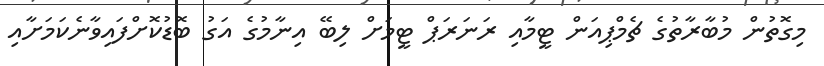
މިގޮތުން މުބާރާތުގެ ޗެމްޕިއަން ޓީމާއި ރަނަރަޕް ޓީމަށް ލިބޭ އިނާމުގެ އަގު ބޮޑުކޮށްފައިވާނެކަމަށާއި